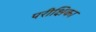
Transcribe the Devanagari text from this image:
परीक्षिका